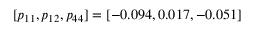
[ p _ { 1 1 } , p _ { 1 2 } , p _ { 4 4 } ] = [ - 0 . 0 9 4 , 0 . 0 1 7 , - 0 . 0 5 1 ]